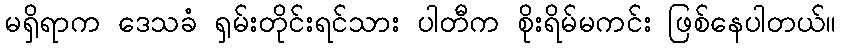
မရှိရာက ဒေသခံ ရှမ်းတိုင်းရင်သား ပါတီက စိုးရိမ်မကင်း ဖြစ်နေပါတယ်။